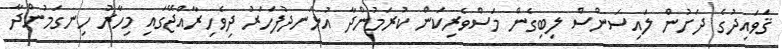
ޤަވައިދުގެ ދަށުން ލައިސަންސް ލިބިގެން މަސްވެރިކަން ކުރަމުންދާ އުޅަނދުފަހަރު ދިވެހިރާއްޖޭގައި މިހާރު ހިނގަމުންދާ